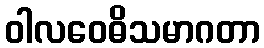
ဝါလဝေဓိသမာဂတာ